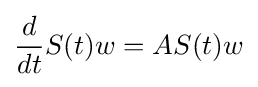
{\frac {d}{dt}}S(t)w=AS(t)w